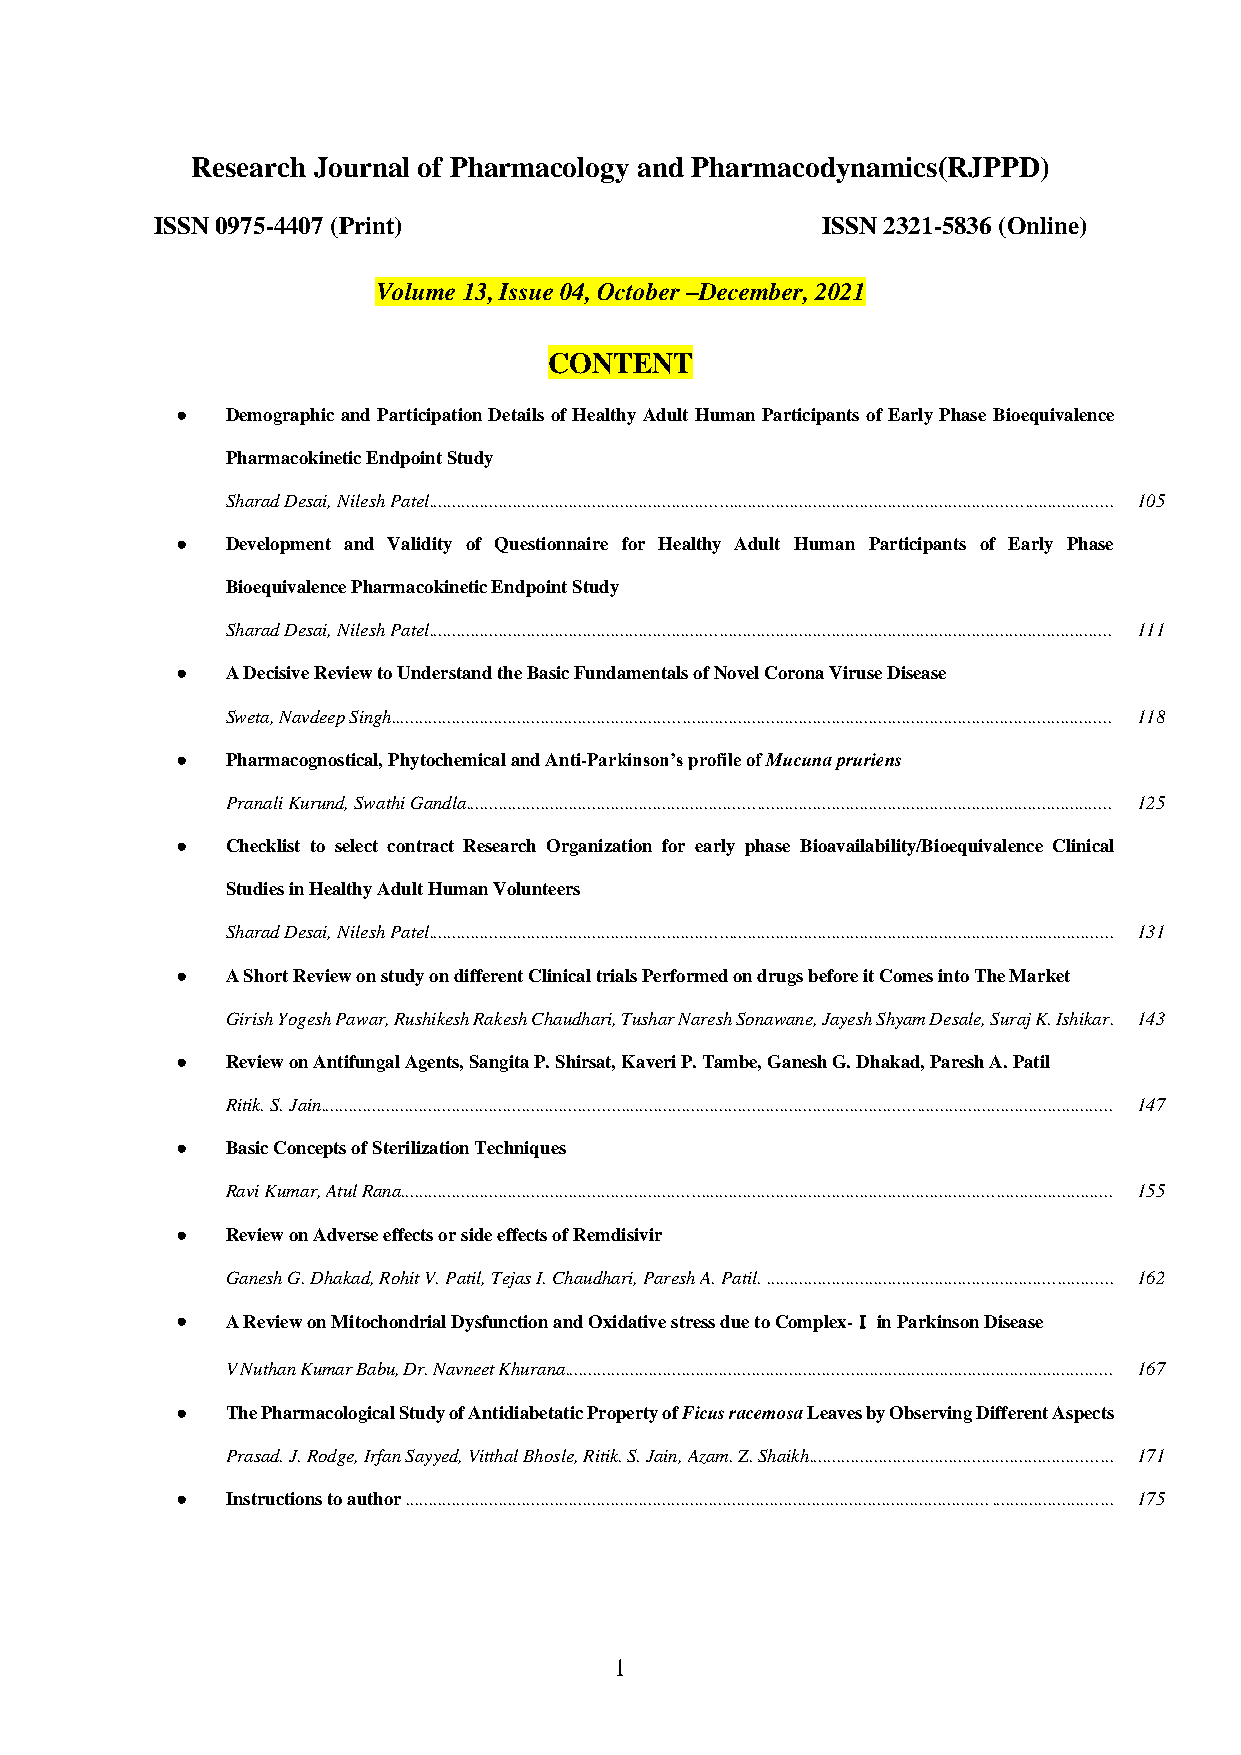
Research Journal of Pharmacology and Pharmacodynamics(RJPPD)
 ISSN 0975-4407 (Print)                      ISSN 2321-5836 (Online)
 Volume 13, Issue 04, October –December, 2021
 CONTENT
 ●  Demographic and Participation Details of Healthy Adult Human Participants of Early Phase Bioequivalence
 Pharmacokinetic Endpoint Study
 Sharad Desai, Nilesh Patel.................................................................................................................................................. 105
 ●  Development and Validity of Questionnaire for Healthy Adult Human Participants of Early Phase
 Bioequivalence Pharmacokinetic Endpoint Study
 Sharad Desai, Nilesh Patel.................................................................................................................................................. 111
 ●  A Decisive Review to Understand the Basic Fundamentals of Novel Corona Viruse Disease
 Sweta, Navdeep Singh.......................................................................................................................................................... 118
 ●  Pharmacognostical, Phytochemical and Anti-Parkinson’s profile of Mucuna pruriens
 Pranali Kurund, Swathi Gandla.......................................................................................................................................... 125
 ●  Checklist to select contract Research Organization for early phase Bioavailability/Bioequivalence Clinical
 Studies in Healthy Adult Human Volunteers
 Sharad Desai, Nilesh Patel.................................................................................................................................................. 131
 ●  A Short Review on study on different Clinical trials Performed on drugs before it Comes into The Market
 Girish Yogesh Pawar, Rushikesh Rakesh Chaudhari, Tushar Naresh Sonawane, Jayesh Shyam Desale, Suraj K. Ishikar. 143
 ●  Review on Antifungal Agents, Sangita P. Shirsat, Kaveri P. Tambe, Ganesh G. Dhakad, Paresh A. Patil
 Ritik. S. Jain......................................................................................................................................................................... 147
 ●  Basic Concepts of Sterilization Techniques
 Ravi Kumar, Atul Rana........................................................................................................................................................ 155
 ●  Review on Adverse effects or side effects of Remdisivir
 Ganesh G. Dhakad, Rohit V. Patil, Tejas I. Chaudhari, Paresh A. Patil. .......................................................................... 162
 ●  A Review on Mitochondrial Dysfunction and Oxidative stress due to Complex-Ⅰ in Parkinson Disease
 V Nuthan Kumar Babu, Dr. Navneet Khurana..................................................................................................................... 167
 ●  The Pharmacological Study of Antidiabetatic Property of Ficus racemosa Leaves by Observing Different Aspects
 Prasad. J. Rodge, Irfan Sayyed, Vitthal Bhosle, Ritik. S. Jain, Azam. Z. Shaikh................................................................. 171
 ●  Instructions to author ....................................................................................................................................................... 175
 1